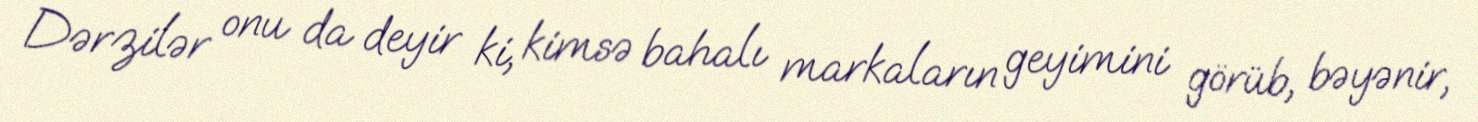
Dərzilər onu da deyir ki, kimsə bahalı markaların geyimini görüb, bəyənir,